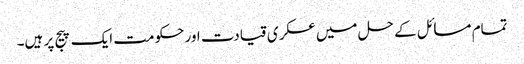
تمام مسائل کے حل میں عسکری قیادت اور حکومت ایک پیج پر ہیں۔